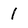
Character: 1